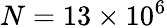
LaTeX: N=13\times 10^{6}